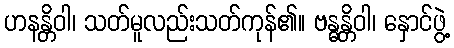
ဟနန္တိဝါ၊ သတ်မူလည်းသတ်ကုန်၏။ ဗန္ဓန္တိဝါ၊ နှောင်ဖွဲ့